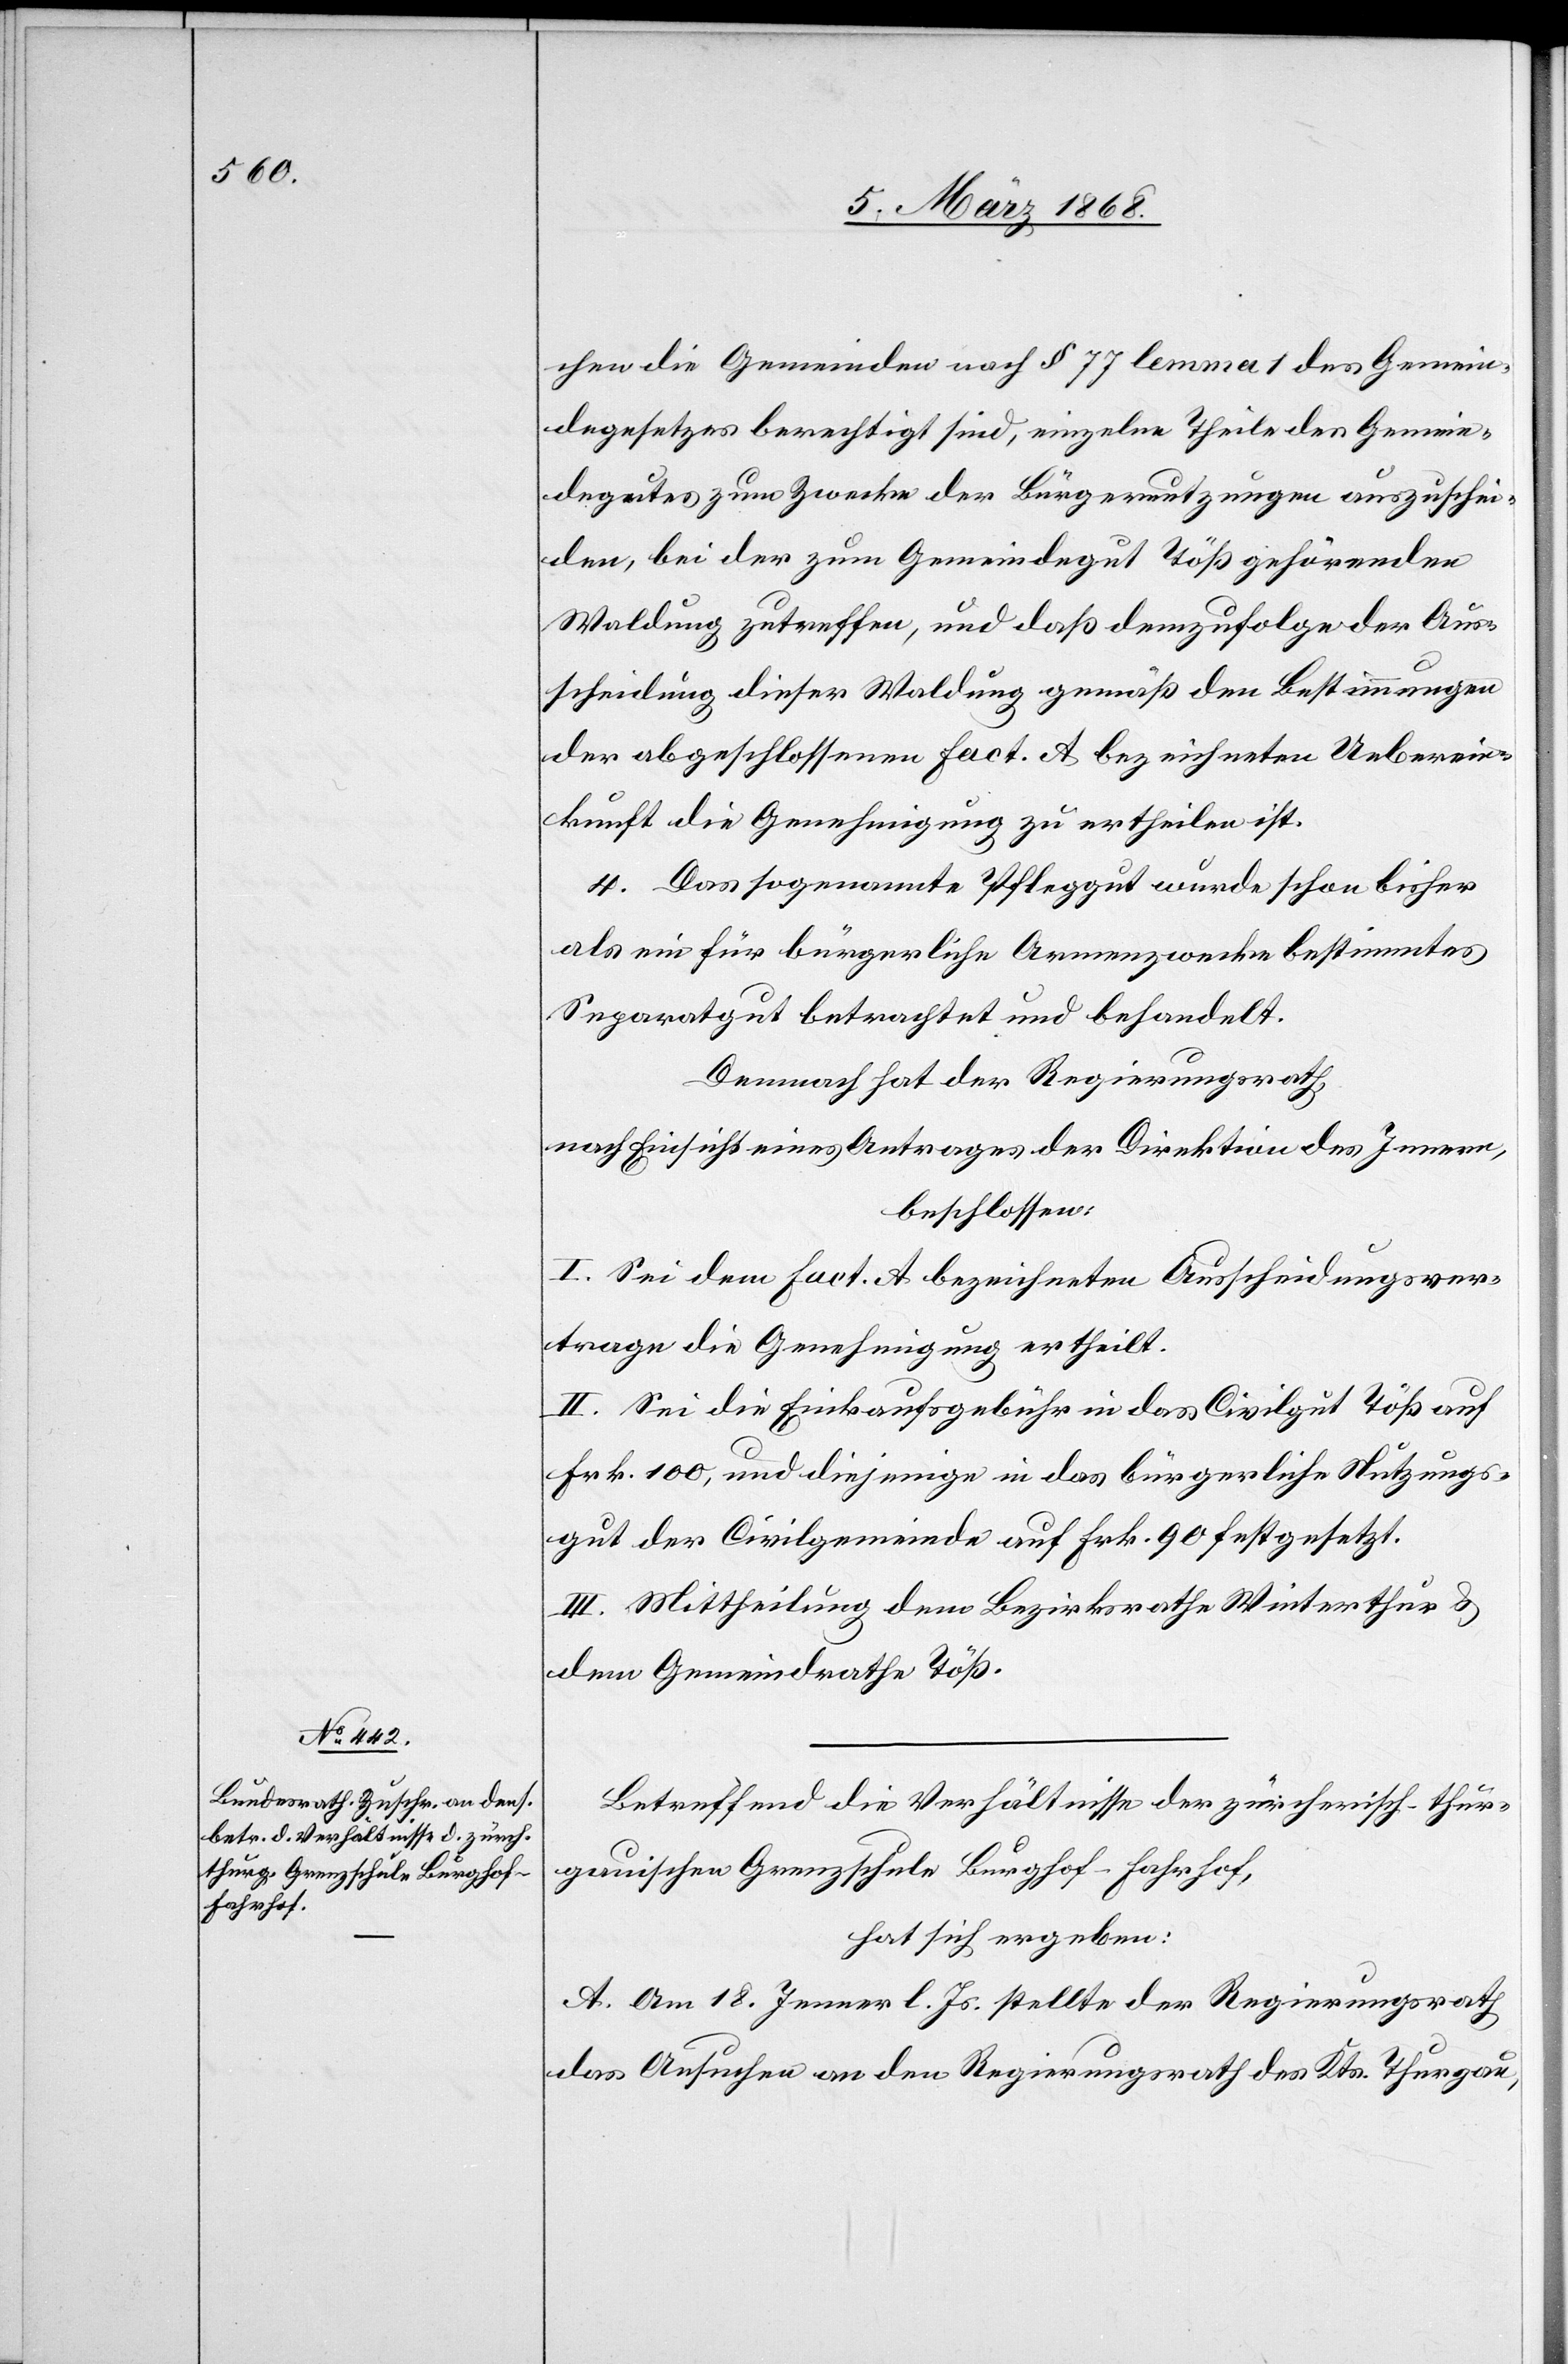
chen die Gemeinden nach § 77 lemma 1 des Gemein¬
degesetzes berechtigt sind, einzelne Theile des Gemein¬
degutes zum Zwecke der Bürgernutzungen auszuschei¬
den, bei der zum Gemeindegut Töß gehörenden
Waldung zutreffen, und daß demzufolge der Aus¬
scheidung dieser Waldung gemäß den Bestimmungen
der abgeschlossenen Fact. A bezeichneten Ueberein¬
kunft die Genehmigung zu ertheilen ist.
4. Das sogenannte Pfleggut wurde schon bisher
als ein für bürgerliche Armenzwecke bestimmtes
Separatgut betrachtet und behandelt.
Demnach hat der Regierungsrath,
nach Einsicht eines Antrages der Direktion des Innern,
beschlossen:
I. Sei dem Fact. A bezeichneten Ausscheidungsver¬
trage die Genehmigung ertheilt.
II. Sei die Einkaufsgebühr in das Civilgut Töß auf
Frk. 100, und diejenige in das bürgerliche Nutzungs¬
gut der Civilgemeinde auf Frk. 90 festgesetzt.
III. Mittheilung dem Bezirksrathe Winterthur &
dem Gemeindrathe Töß.
Betreffend die Verhältnisse der zürcherisch-thur¬
gauischen Grenzschule Burghof-Fahrhof,
hat sich ergeben:
A. Am 18. Jenner l. Js. stellte der Regierungsrath
das Ansuchen an den Regierungsrath des Kts. Thurgau,